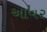
આવર